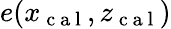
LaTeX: e(x_{\mathrm{~c~a~l~}},z_{\mathrm{~c~a~l~}})